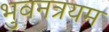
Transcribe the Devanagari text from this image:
भुवनत्रयम